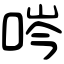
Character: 㖗